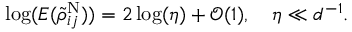
\log ( E ( \tilde { \rho } _ { i j } ^ { \mathrm { N } } ) ) = 2 \log ( \eta ) + \mathcal { O } ( 1 ) , \quad \eta \ll d ^ { - 1 } .